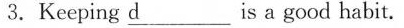
3.Keeping \underline{d} is a good habit.